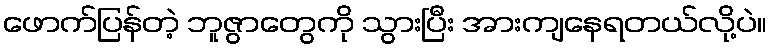
ဖောက်ပြန်တဲ့ ဘူဇွာတွေကို သွားပြီး အားကျနေရတယ်လို့ပဲ။